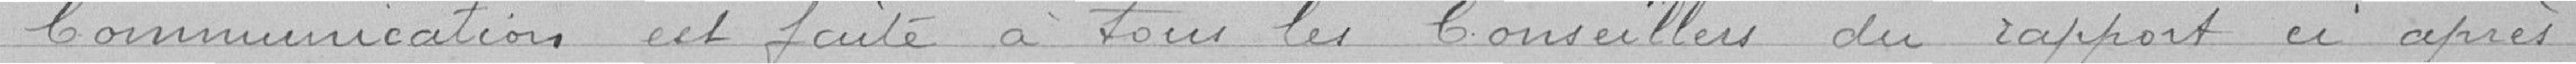
Communication est faite à tous les conseillers du rapport ci après